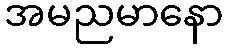
အမညမာနော